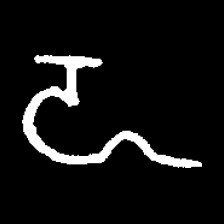
Pyu character \u2014 Myanmar letter: ဍ (romanized: dda)